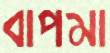
বাপমা